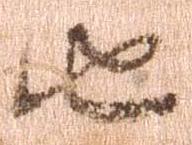
由